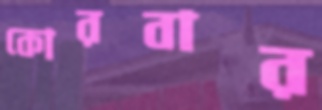
কোরবার